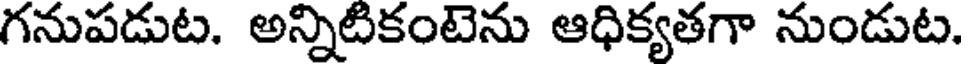
గనుపడుట. అన్నిటికంటెను ఆధిక్యతగా నుండుట.